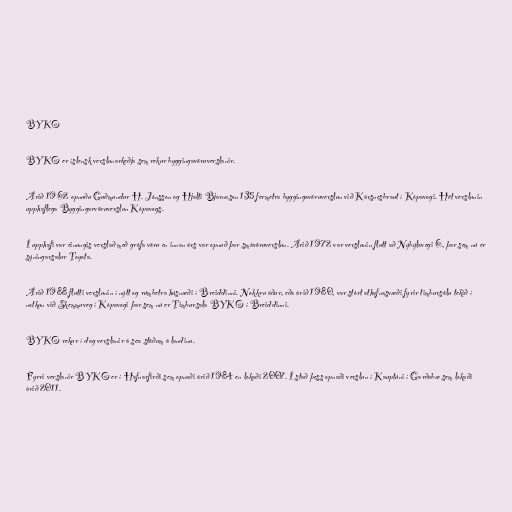
BYKO

BYKO er íslensk verslunarkeðja sem rekur byggingavöruverslanir.

Árið 1962 opnuðu Guðmundur H. Jónsson og Hjalti Bjarnason 135 fermetra byggingavöruverslun við Kársnesbraut í Kópavogi. Hét verslunin
upphaflega Byggingarvöruverslun Kópavogs.

Í upphafi var einungis verslað með grófa vöru en innan árs var opnuð þar smávöruverslun. Árið 1972 var verslunin flutt að Nýbýlavegi 6, þar sem nú er
sýningarsalur Toyota.

Árið 1988 flutti verslunin í nýtt og rúmbetra húsnæði í Breiddinni. Nokkru áður, eða árið 1980, var stórt athafnasvæði fyrir timbursölu tekið í
notkun við Skemmuveg í Kópavogi þar sem nú er Timbursala BYKO í Breiddinni.

BYKO rekur í dag verslanir á sex stöðum á landinu.

Fyrri verslanir BYKO er í Hafnarfirði sem opnaði árið 1984 en lokaði 2007. Í stað þess opnaði verslun í Kauptúni í Garðabæ sem lokaði
árið 2011.